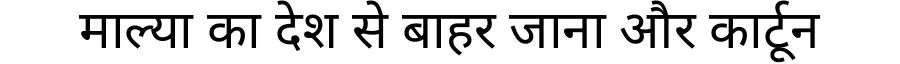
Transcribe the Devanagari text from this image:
माल्या का देश से बाहर जाना और कार्टून